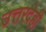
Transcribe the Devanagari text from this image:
उत्तरदेही